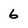
Character: 6